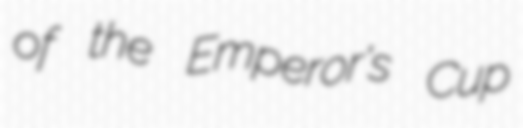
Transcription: of the Emperor's Cup